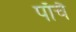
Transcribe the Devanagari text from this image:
पाँचै